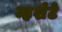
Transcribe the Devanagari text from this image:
म्हशेटे